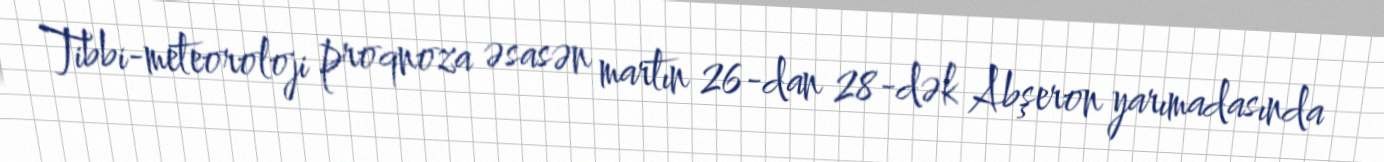
Tibbi-meteoroloji proqnoza əsasən martın 26-dan 28-dək Abşeron yarımadasında